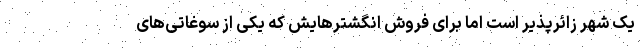
یک شهر زائرپذیر است اما برای فروش انگشترهایش که یکی از سوغاتی‌های